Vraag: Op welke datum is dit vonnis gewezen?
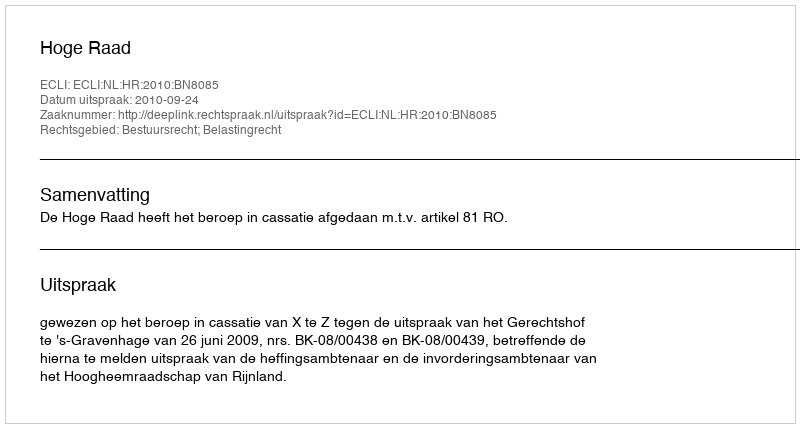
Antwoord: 2010-09-24